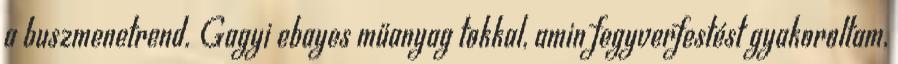
a buszmenetrend. Gagyi ebayes műanyag tokkal, amin fegyverfestést gyakoroltam,